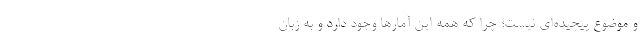
و موضوع پیچیده‌ای نیست؛ چرا که همه این آمارها وجود دارد و به زبان